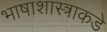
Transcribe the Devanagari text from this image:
भाषाशास्त्राकडे